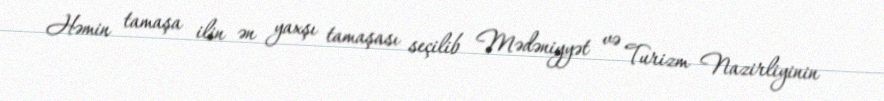
Həmin tamaşa ilin ən yaxşı tamaşası seçilib Mədəniyyət və Turizm Nazirliyinin